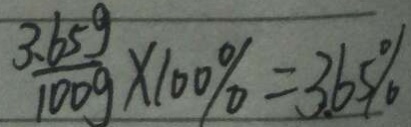
\frac { 3 . 6 5 g } { 1 0 0 g } \times 1 0 0 \% = 3 . 6 5 \%